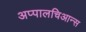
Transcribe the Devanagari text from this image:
अप्पालचिआन्स